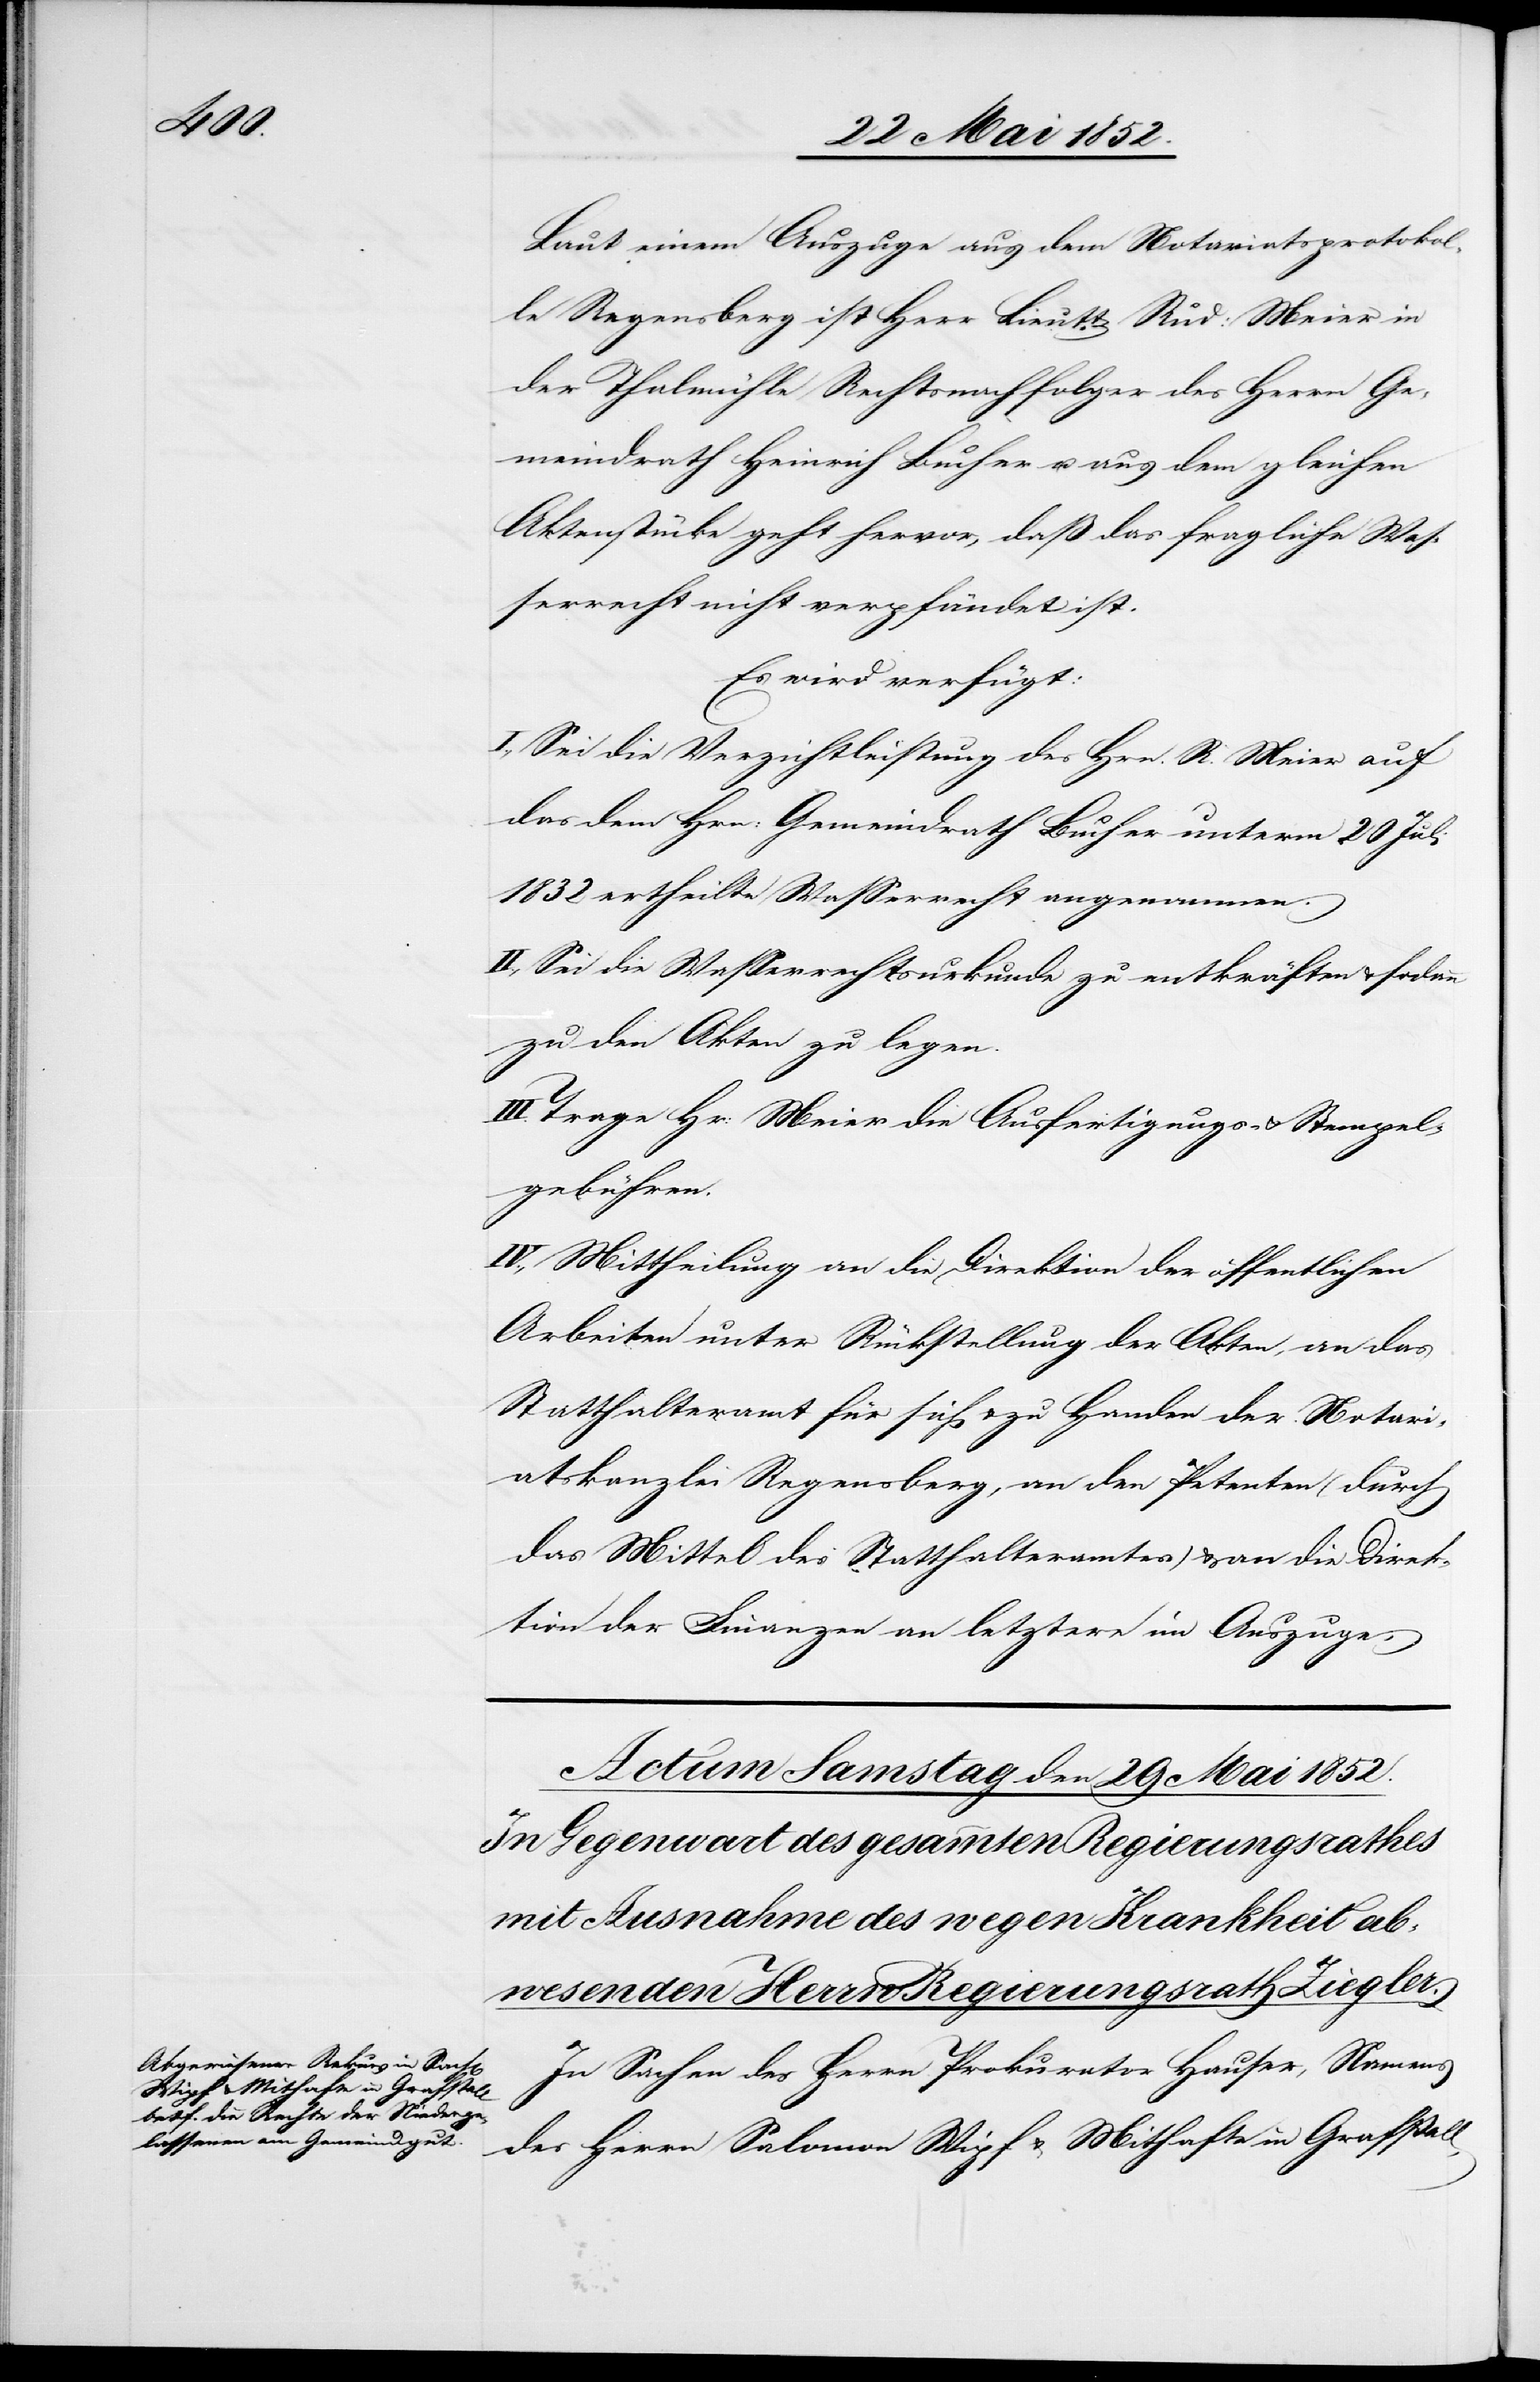
Laut einem Auszuge aus dem Notariatsprotokol¬
le Regensberg ist Herr Lieutt. Rud: Meier in
der Thalmühle Rechtsnachfolger des Herrn Ge¬
meindrath Heinrich Bucher u. aus dem gleichen
Aktenstücke geht hervor, daß das fragliche Was¬
serrecht nicht verpfändet ist.
Es wird verfügt:
I., Sei die Verzichtleistung des Hrn. R. Meier auf
das dem Hrn: Gemeindrath Bucher unterm 20 Juli
1832 ertheilte Wasserrecht angenommen.
II., Sei die Wasserrechtsurkunde zu entkräften & sodann
zu den Akten zu legen.
Trage Hr: Meier die Ausfertigungs- & Stempel¬
gebühren.
IV., Mittheilung an die Direktion der öffentlichen
Arbeiten unter Rückstellung der Akten, an das
Statthalteramt für sich & zu Handen der Notari¬
atskanzlei Regensberg, an den Petenten (durch
das Mittel des Statthalteramtes) & an die Direk¬
tion der Finanzen an letztere im Auszuge.
In Sachen des Herrn Prokurator Hauser, Namens
des Herrn Salomon Wipf & Mithafte in Grafstall,